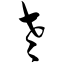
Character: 老